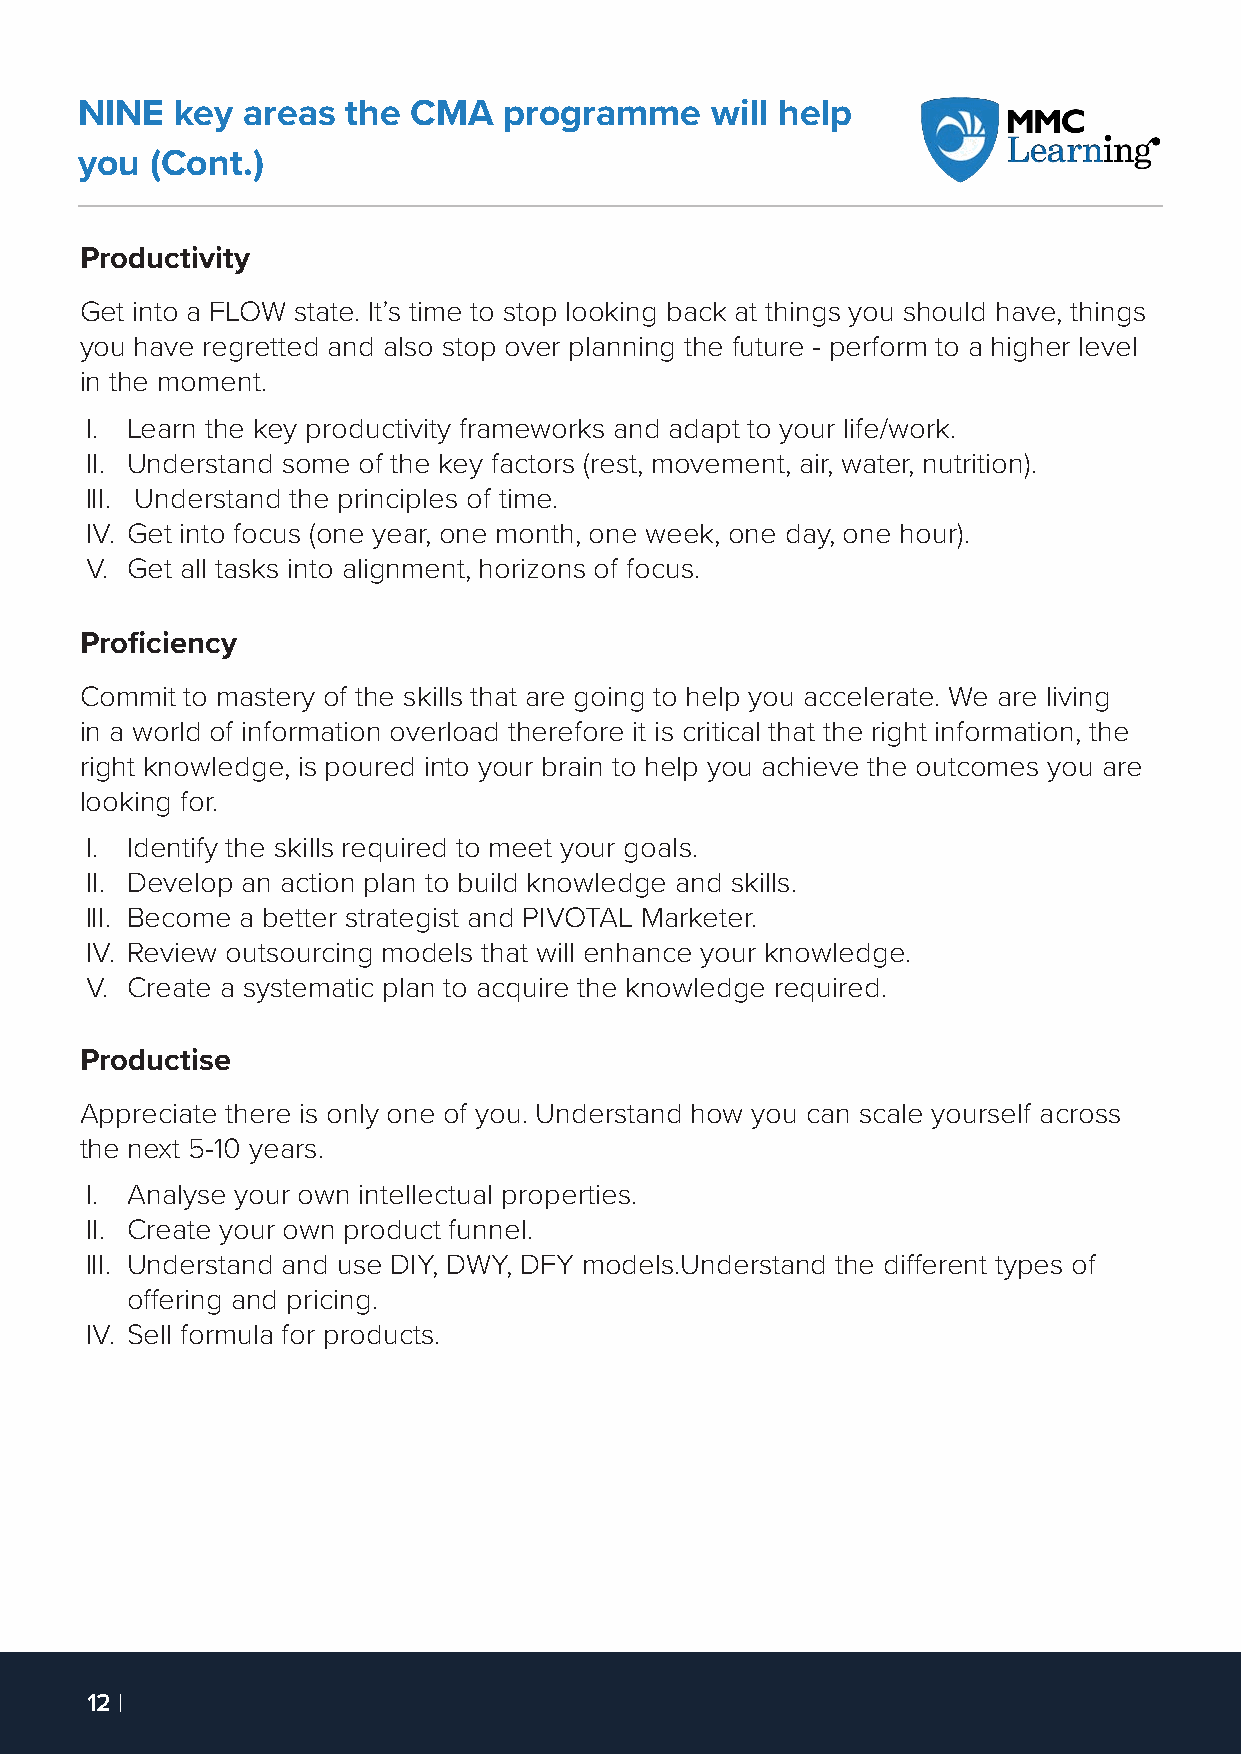
NINE   key areas  the CMA   programme     will help
 you  (Cont.)
 Productivity
 Get into a FLOW state. It’s time to stop looking back at things you should have, things
 you have regretted and also stop over planning the future - perform to a higher level
 in the moment.
 I. Learn the key productivity frameworks and adapt to your life/work.
 II. Understand some of the key factors (rest, movement, air, water, nutrition).
 III. Understand the principles of time.
 IV. Get into focus (one year, one month, one week, one day, one hour).
 V. Get all tasks into alignment, horizons of focus.
 Proficiency
 Commit to mastery of the skills that are going to help you accelerate. We are living
 in a world of information overload therefore it is critical that the right information, the
 right knowledge, is poured into your brain to help you achieve the outcomes you are
 looking for.
 I. Identify the skills required to meet your goals.
 II. Develop an action plan to build knowledge and skills.
 III. Become a better strategist and PIVOTAL Marketer.
 IV. Review outsourcing models that will enhance your knowledge.
 V. Create a systematic plan to acquire the knowledge required.
 Productise
 Appreciate there is only one of you. Understand how you can scale yourself across
 the next 5-10 years.
 I. Analyse your own intellectual properties.
 II. Create your own product funnel.
 III. Understand and use DIY, DWY, DFY models.Understand the different types of
 offering and pricing.
 IV. Sell formula for products.
 12 |